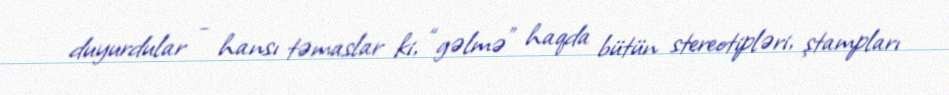
duyurdular - hansı təmaslar ki, “gəlmə” haqda bütün stereotipləri, ştampları